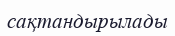
сақтандырылады